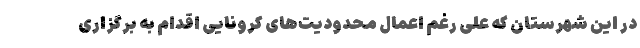
در این شهرستان که علی رغم اعمال محدودیت‌های کرونایی اقدام به برگزاری